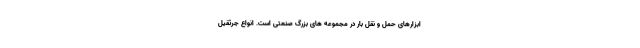
ابزارهای حمل و نقل بار در مجموعه های بزرگ صنعتی است. انواع جرثقیل